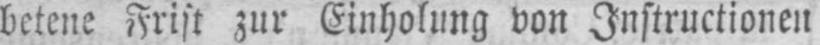
betene Frist zur Einholung von Instruktionen